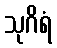
သုဂိရံ